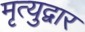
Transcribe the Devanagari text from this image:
मृत्युद्वार